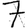
Digit: 7